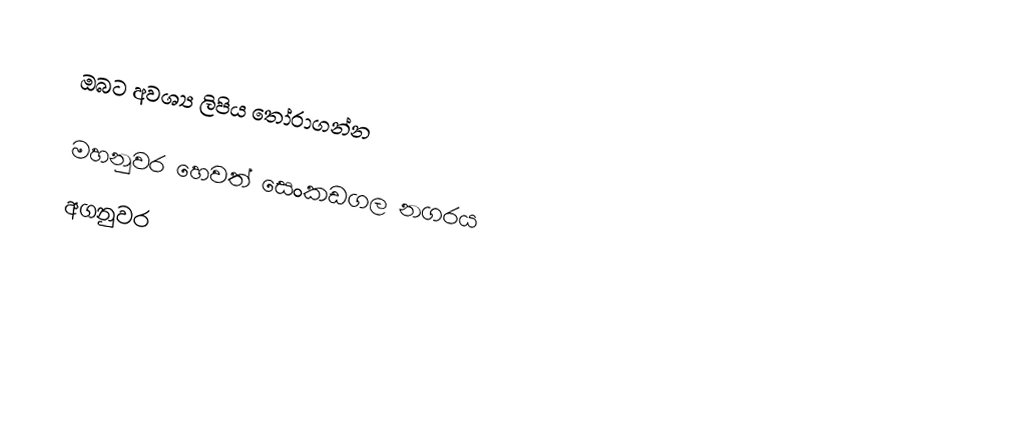
ඔබට අවශ්‍ය ලිපිය තෝරාගන්න

 මහනුවර හෙවත් සෙංකඩගල නගරය
 අගනුවර